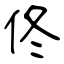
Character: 佟